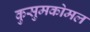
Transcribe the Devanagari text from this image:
कुसुमकोमल